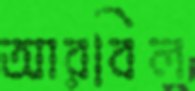
আরবিল